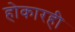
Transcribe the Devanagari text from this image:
होकारही